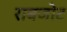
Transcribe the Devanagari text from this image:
राबजोट